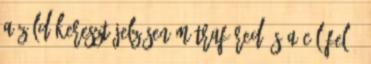
a zöld kereszt jelzésen Mátrafüred és a cél felé.